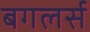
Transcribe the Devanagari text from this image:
बगलर्स